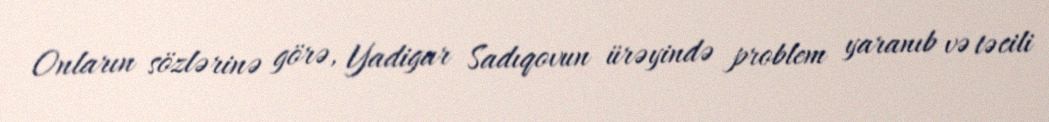
Onların sözlərinə görə, Yadigar Sadıqovun ürəyində problem yaranıb və təcili